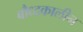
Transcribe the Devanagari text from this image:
बौध्दकालीन